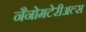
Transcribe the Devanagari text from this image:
नैनोमटेरीअल्स